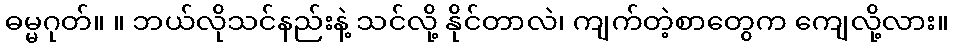
ဓမ္မဂုတ်။ ။ ဘယ်လိုသင်နည်းနဲ့ သင်လို့ နိုင်တာလဲ၊ ကျက်တဲ့စာတွေက ကျေလို့လား။